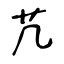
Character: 芁